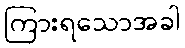
ကြားရသောအခါ